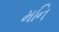
મનિ